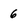
Character: 6